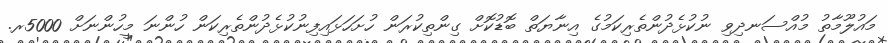
މައުލޫމާތު މުއްސަނދިވި ނުކުޅެދުންތެރިކަމުގެ އިނާޔަތް ބޮޑުކޮށް ގިންތިކުރަން ހުށަހަޅައިފިނުކުޅެދުންތެރިކަން ހުންނަ މީހުންނަށް 5000ރ.